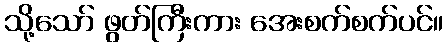
သို့သော် ဖွတ်ကြီးကား အေးစက်စက်ပင်။